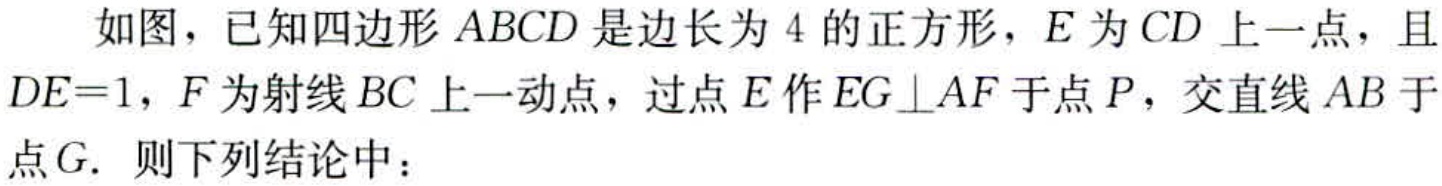
如图，已知四边形 \(ABCD\) 是边长为 \(4\) 的正方形，\(E\) 为 \(CD\) 上一点，且 \(DE = 1\)，\(F\) 为射线 \(BC\) 上一动点，过点 \(E\) 作 \(EG\perp AF\) 于点 \(P\)，交直线 \(AB\) 于点 \(G.\) 则下列结论中：